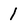
Character: 1